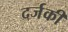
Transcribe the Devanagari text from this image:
दर्जकी